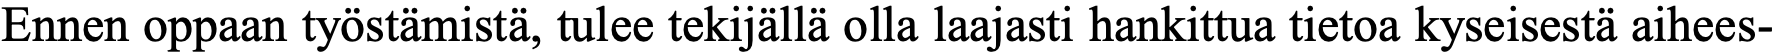
Ennen oppaan työstämistä, tulee tekijällä olla laajasti hankittua tietoa kyseisestä aihees-